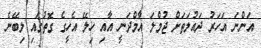
އަންނަ އަހަރު ދައުލަތަށް ޖުމްލަ އާމްދަނީ އާއި ހިލޭ އެހީގެ ގޮތުގައި ލިބޭނެ